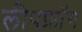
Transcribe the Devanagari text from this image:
लीपफ्रॉग